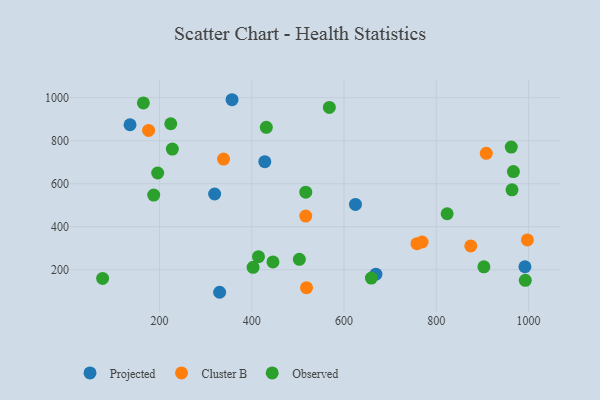
{"axis": {"x": "Speed", "y": "Sales"}, "legend": ["Cluster B", "Observed", "Projected"], "data": [{"x": "669.1", "y": 179.5, "type": "Projected"}, {"x": "136.2", "y": 874.0, "type": "Projected"}, {"x": "992.1", "y": 214.0, "type": "Projected"}, {"x": "319.6", "y": 552.2, "type": "Projected"}, {"x": "428.3", "y": 702.4, "type": "Projected"}, {"x": "330.4", "y": 95.3, "type": "Projected"}, {"x": "624.8", "y": 503.5, "type": "Projected"}, {"x": "357.3", "y": 990.4, "type": "Projected"}, {"x": "518.7", "y": 116.8, "type": "Cluster B"}, {"x": "908.3", "y": 741.1, "type": "Cluster B"}, {"x": "997.4", "y": 338.8, "type": "Cluster B"}, {"x": "517.0", "y": 449.3, "type": "Cluster B"}, {"x": "758.1", "y": 321.2, "type": "Cluster B"}, {"x": "338.9", "y": 714.5, "type": "Cluster B"}, {"x": "769.2", "y": 329.0, "type": "Cluster B"}, {"x": "176.4", "y": 847.8, "type": "Cluster B"}, {"x": "874.7", "y": 310.8, "type": "Cluster B"}, {"x": "659.3", "y": 161.1, "type": "Observed"}, {"x": "967.1", "y": 656.5, "type": "Observed"}, {"x": "402.9", "y": 211.2, "type": "Observed"}, {"x": "165.1", "y": 975.3, "type": "Observed"}, {"x": "196.1", "y": 649.8, "type": "Observed"}, {"x": "414.6", "y": 260.7, "type": "Observed"}, {"x": "227.9", "y": 760.8, "type": "Observed"}, {"x": "568.2", "y": 954.5, "type": "Observed"}, {"x": "823.5", "y": 460.3, "type": "Observed"}, {"x": "964.1", "y": 571.4, "type": "Observed"}, {"x": "187.5", "y": 547.3, "type": "Observed"}, {"x": "517.1", "y": 560.5, "type": "Observed"}, {"x": "503.2", "y": 248.7, "type": "Observed"}, {"x": "903.2", "y": 213.7, "type": "Observed"}, {"x": "992.9", "y": 151.0, "type": "Observed"}, {"x": "446.0", "y": 236.3, "type": "Observed"}, {"x": "431.6", "y": 862.2, "type": "Observed"}, {"x": "76.8", "y": 159.8, "type": "Observed"}, {"x": "962.5", "y": 770.1, "type": "Observed"}, {"x": "224.5", "y": 878.6, "type": "Observed"}]}